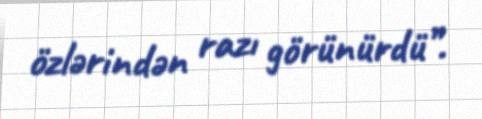
özlərindən razı görünürdü”.